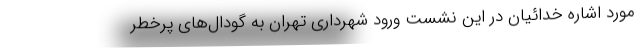
مورد اشاره خدائیان در این نشست ورود شهرداری تهران به گودال‌های پرخطر